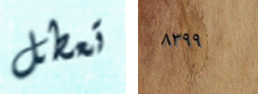
تعطل ٨٣٩٩